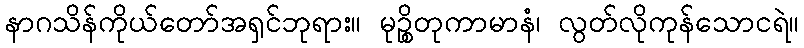
နာဂသိန်ကိုယ်တော်အရှင်ဘုရား။ မုဉ္စိတုကာမာနံ၊ လွတ်လိုကုန်သောငရဲ။